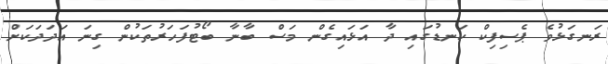
ރަނގަޅުވެ ޕެސިފިކް ކަނޑުގައި ދާ އަޅައިގެން މަސް ބާނާ ބޯޓުފަހަރުތަކުން ގިނަ އަދަދަކަށް